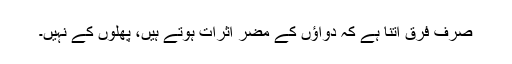
صرف فرق اتنا ہے کہ دواؤں کے مضر اثرات ہوتے ہیں، پھلوں کے نہیں۔